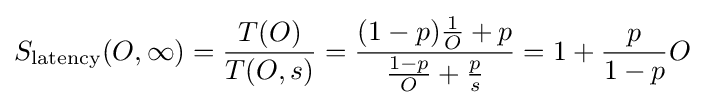
S_{\text{latency}}(O,\infty )={\frac {T(O)}{T(O,s)}}={\frac {(1-p){\frac {1}{O}}+{p}}{{\frac {1-p}{O}}+{\frac {p}{s}}}}=1+{\frac {p}{1-p}}O